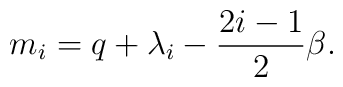
m_i = q+ \lambda_i - {2 i-1 \over 2} \beta.